Supplement to the account of plague administration in the Bombay Presidency from September 1896 till May 1897
Year: 1896
Disease focus: Plague
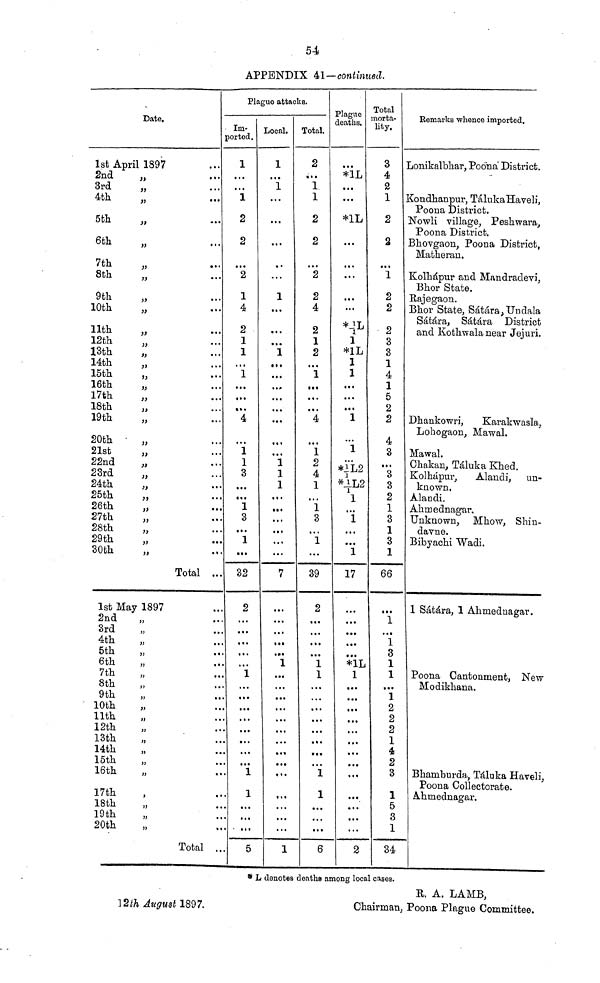
54
APPENDIX 41– continued.
Date.
1st April 1897
2nd ,,
3rd
4th
5th
6th
7th
8th
9th
10th
11th
12th
13th
14th
15th
16th
17th
18th
19th
20th
21st
22nd
23rd
24th
25th
26th
27th
28th
29th
30th
,,
,,
,,
,,
,,
,,
,,
,,
,,
,,
,,
,,
,,
,,
,,
,,
,,
,,
,,
,,
,,
,,
,,
,,
,,
,,
,,
,,
1st May 1897
2nd
3rd
4th
5th
6th
7th
8th
9th
10th
11th
12th
13th
14th
15th
16th
17th
18th
19th
20th
,,
,,
,,
,,
,,
,,
,,
,,
,,
,,
,,
,,
,,
,,
,,
,,
,,
,,
,,
•••
•••
•••
•••
•••
•••
•••
•••
•••
•••
•••
•••
•••
•••
•••
•••
•••
•••
•••
•••
•••
•••
•••
•••
•••
•••
•••
•••
•••
•••
Total •••
•••
•••
•••
•••
•••
•••
•••
•••
•••
•••
•••
•••
•••
•••
•••
•••
•••
•••
•••
•••
Total •••
Plague attacks.
Im-
ported.
1
•••
•••
1
2
2
•••
2
1
4
2
1
1
•••
1
•••
•••
•••
4
•••
1
1
3
•••
•••
1
3
•••
1
•••
32
2
•••
•••
•••
•••
•••
1
•••
•••
•••
•••
•••
•••
•••
•••
1
1
•••
•••
•••
5
Local.
1
•••
1
•••
•••
...
•••
•••
1
•••
•••
•••
1
•••
•••
•••
•••
•••
•••
•••
•••
1
1
1
•••
•••
•••
•••
•••
•••
7
•••
•••
•••
•••
•••
1
•••
•••
•••
•••
•••
•••
•••
•••
•••
•••
•••
•••
•••
•••
1
Total.
2
•••
1
1
2
2
•••
2
2
4
2
1
2
•••
1
•••
•••
•••
4
•••
1
2
4
1
•••
1
3
•••
1
•••
39
2
•••
•••
•••
•••
1
1
•••
•••
•••
•••
•••
•••
•••
•••
1
1
•••
•••
•••
6
Plague
deaths.
•••
*1L
•••
•••
*1L
•••
•••
•••
•••
•••
1
*1L
1
1
•••
•••
•••
1
•••
1
•••
* ½L2
* ½L2
1
•••
1
•••
•••
1
17
•••
•••
•••
•••
•••
*1L
1
•••
•••
•••
•••
•••
•••
•••
•••
•••
•••
•••
•••
•••
2
Total
morta-
lity.
3
4
•••
1
2
2
•••
1
2
2
2
3
3
1
4
1
5
2
2
4
3
•••
3
3
2
1
3
1
3
1
66
•••
1
•••
1
3
1
1
•••
1
2
2
2
1
4
2
3
1
5
3
1
34
Remarks whence imported.
Lonikalbhar, Poona District.
Kondhanpnr, TálukaHaveli,
Poona District.
Nowli village, Peshwara,
Poona District.
Bhovgaon, Poona District,
Matheran.
Kolhápur and Mandradevi,
Bhor State.
Rajegaon.
Bhor State, Sátára,Undala
Sátára, Sátára District
and Kothwalanear Jejuri.
Dhankowri,
Karakwasla,
Lohogaon, Mawal.
Mawal.
Chakan, Táluka Khed.
Kolhápur,
Alandi, un-
known.
Alandi.
Ahmednagar.
Unknown, Mhow, Shin-
davne.
Bibyachi Wadi.
1 Sátára, 1 Ahmednagar.
Poona Cantonment, New
Modikhana.
Bhamburda, Táluka Haveli,
Poona Collectorate.
Ahmednagar.
* L denotes deaths among local cases.
R. A. LAMB,
12th August 1897.
Chairman, Poona Plague Committee.